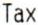
TAX